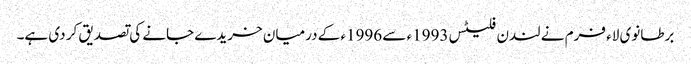
برطانوی لاء فرم نے لندن فلیٹس 1993ء سے 1996ء کے درمیان خریدے جانے کی تصدیق کر دی ہے۔